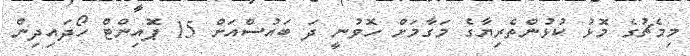
މިމެޗުގެ މޮޅު ކުޅުންތެރިޔާގެ މަގާމަށް ހޮވުނީ ދަ ބައުސްއަށް 15 ޕޮއިންޓް ހޯދައިދިން